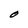
Character: O